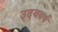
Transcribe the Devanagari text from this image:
उदयवर्ष